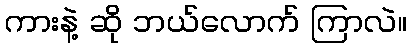
ကားနဲ့ ဆို ဘယ်လောက် ကြာလဲ။